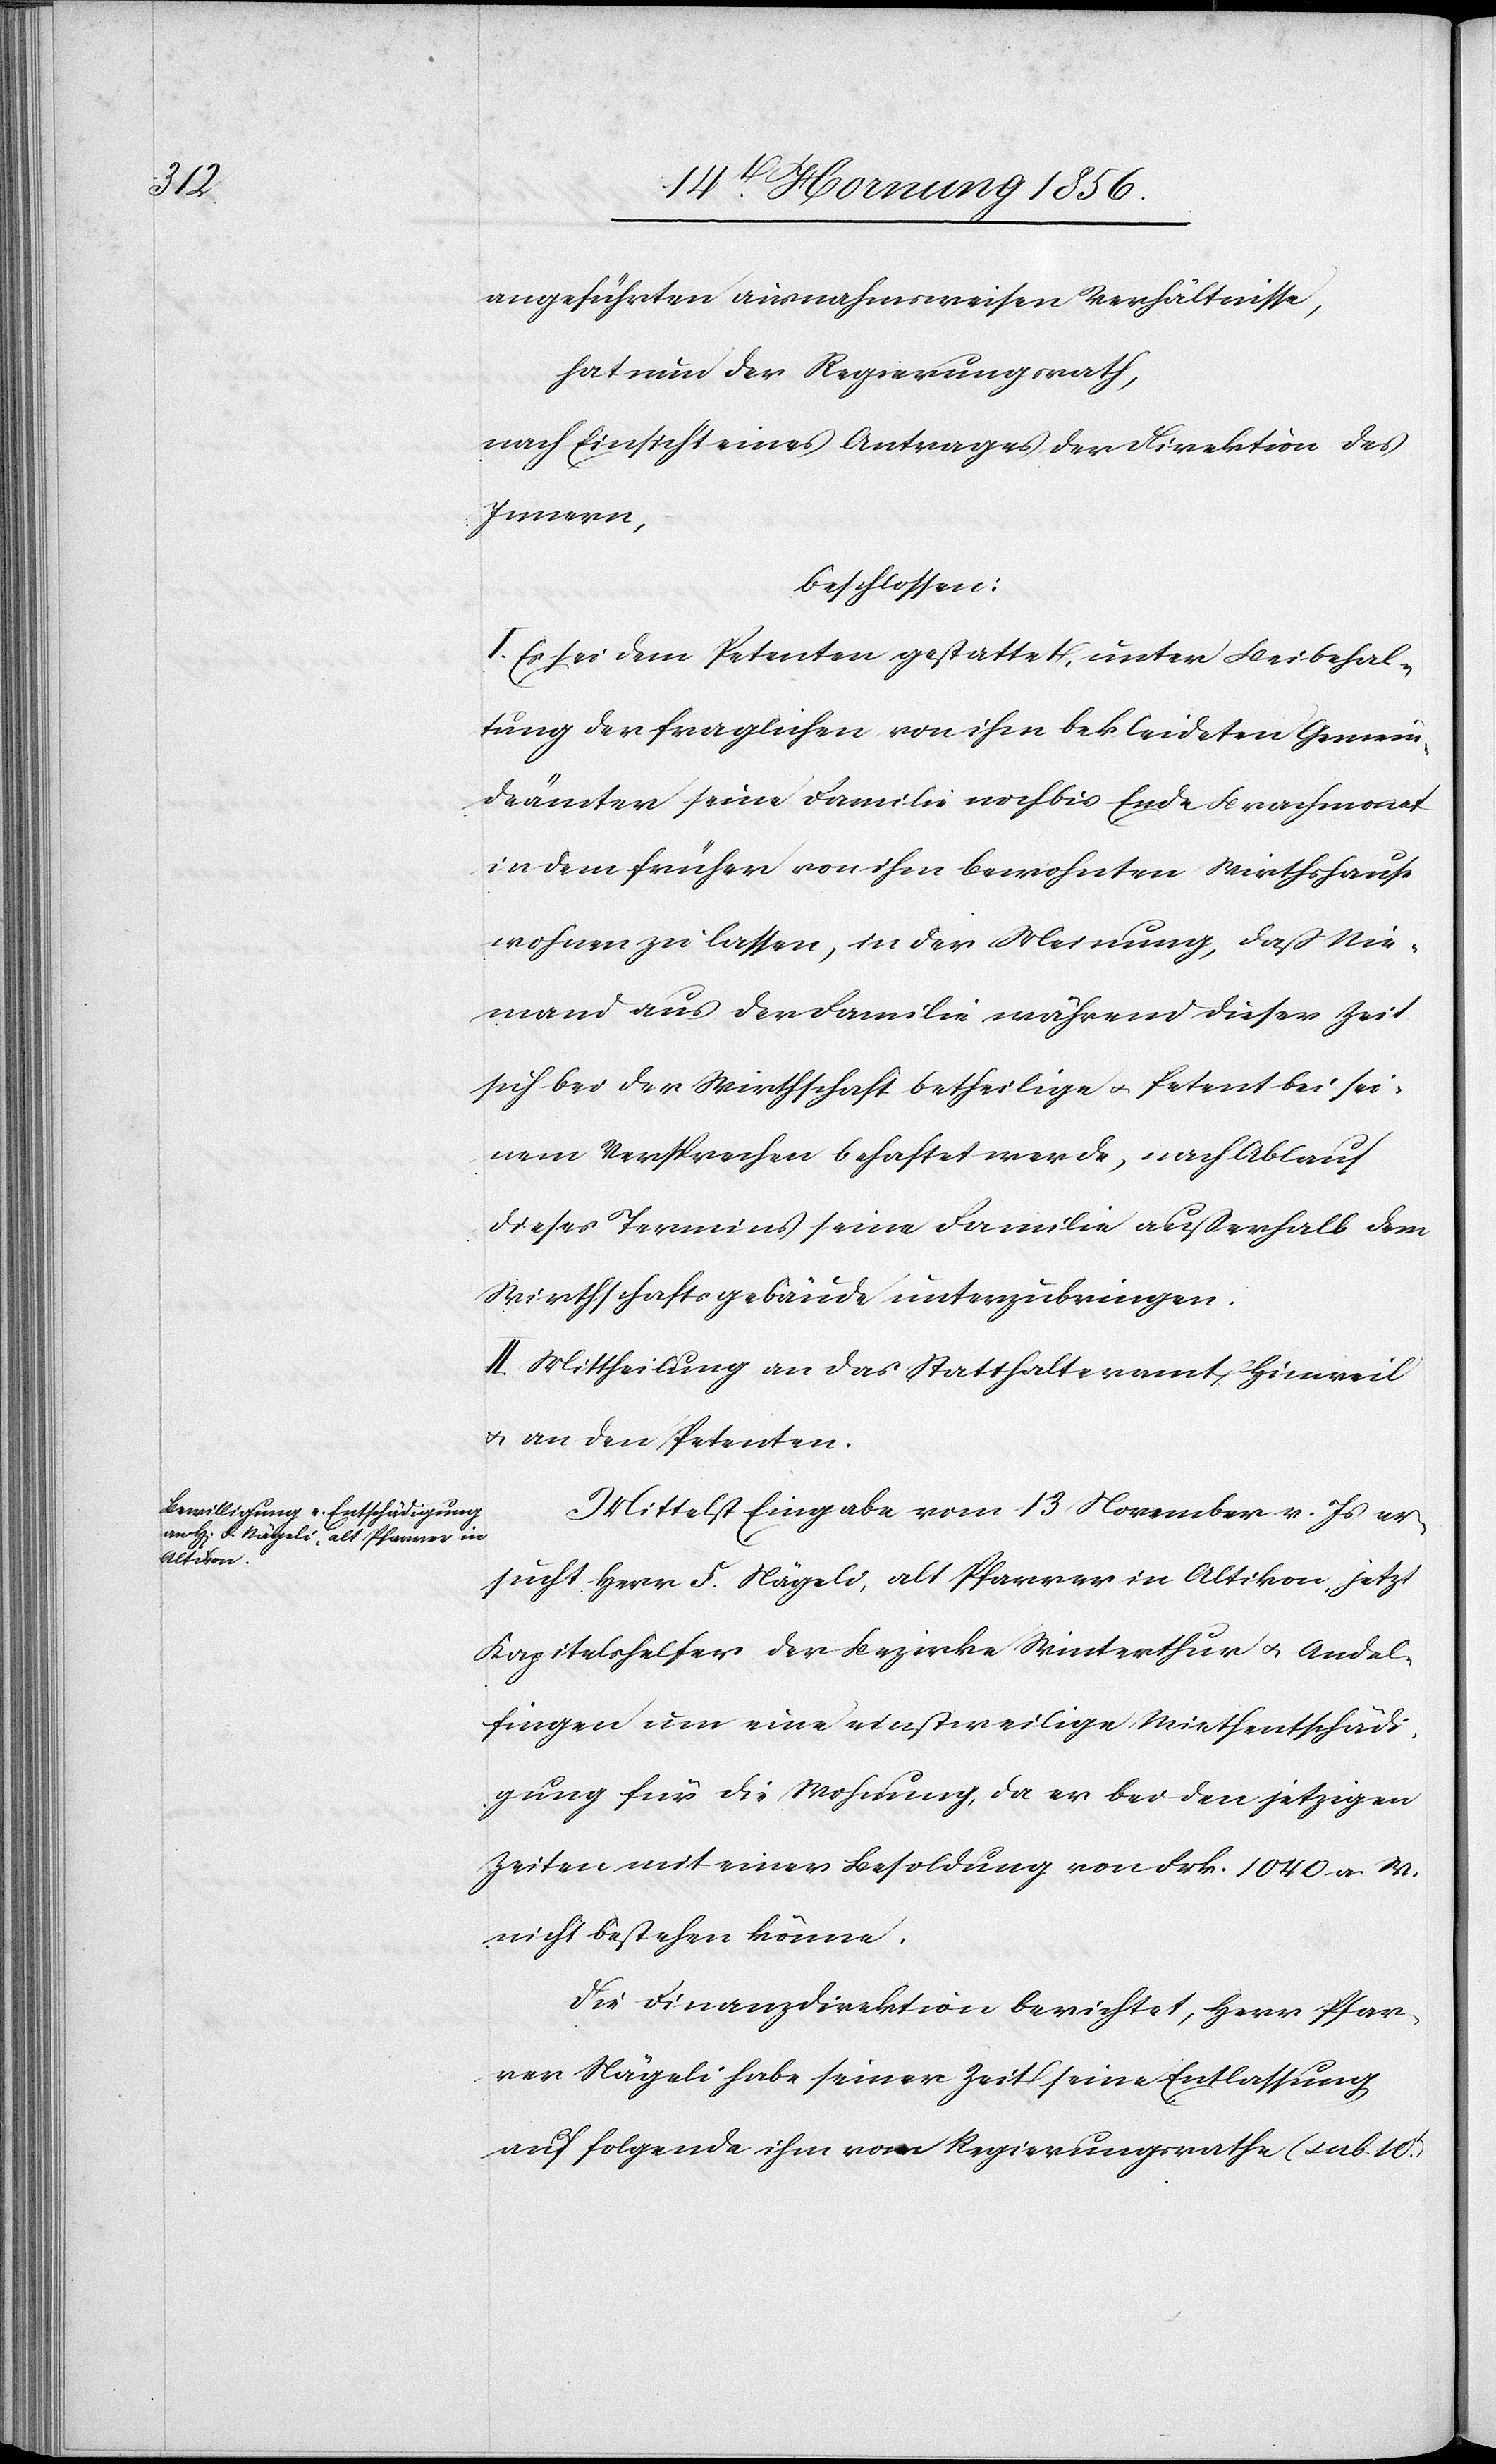
angeführten ausnahmsweisen Verhältnisse,
hat nun der Regierungsrath,
nach Einsicht eines Antrages der Direktion des
Innern,
beschlossen:
I. Es sei dem Petenten gestattet, unter Beibehal¬
tung der fraglichen von ihm bekleideten Gemein¬
deämter seine Familie noch bis Ende Brachmonat
in dem früher von ihm bewohnten Wirthshaus
wohnen zu lassen, in der Meinung, daß Nie¬
mand aus der Familie während dieser Zeit
sich bei der Wirthschaft betheilige u. Petent bei sei¬
nem Versprechen behaftet werde, nach Ablauf
dieses Termins seine Familie außerhalb dem
Wirthschaftsgebäude unterzubringen.
II. Mittheilung an das Statthalteramt Hinweil
u. an den Petenten.
Mittelst Eingabe vom 13 November v. Js er¬
sucht Herr F. Nägeli, alt Pfarrer in Altikon jetzt
Kapitelshelfer der Bezirke Winterthur u. Andel¬
fingen um eine einstweilige Miethentschädi¬
gung für die Wohnung, da er bei den jetzigen
Zeiten mit einer Besoldung von Frk. 1040 a V.
nicht bestehen könne.
Die Finanzdirektion berichtet, Herr Pfar¬
rer Nägeli habe seiner Zeit seine Entlassung
auf folgende ihm vom Regierungsrathe (sub. 10t